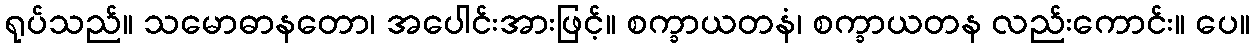
ရုပ်သည်။ သမောဓာနတော၊ အပေါင်းအားဖြင့်။ စက္ခာယတနံ၊ စက္ခာယတန လည်းကောင်း။ ပေ။